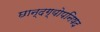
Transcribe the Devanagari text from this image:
छान्दग्योपनिषद